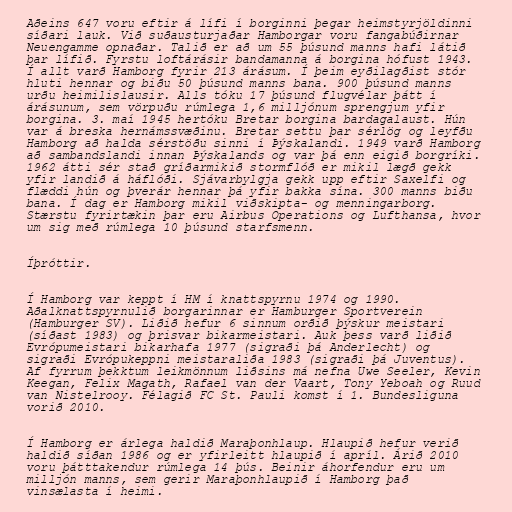
Aðeins 647 voru eftir á lífi í borginni þegar heimstyrjöldinni
síðari lauk. Við suðausturjaðar Hamborgar voru fangabúðirnar
Neuengamme opnaðar. Talið er að um 55 þúsund manns hafi látið
þar lífið. Fyrstu loftárásir bandamanna á borgina hófust 1943.
Í allt varð Hamborg fyrir 213 árásum. Í þeim eyðilagðist stór
hluti hennar og biðu 50 þúsund manns bana. 900 þúsund manns
urðu heimilislausir. Alls tóku 17 þúsund flugvélar þátt í
árásunum, sem vörpuðu rúmlega 1,6 milljónum sprengjum yfir
borgina. 3. maí 1945 hertóku Bretar borgina bardagalaust. Hún
var á breska hernámssvæðinu. Bretar settu þar sérlög og leyfðu
Hamborg að halda sérstöðu sinni í Þýskalandi. 1949 varð Hamborg
að sambandslandi innan Þýskalands og var þá enn eigið borgríki.
1962 átti sér stað gríðarmikið stormflóð er mikil lægð gekk
yfir landið á háflóði. Sjávarbylgja gekk upp eftir Saxelfi og
flæddi hún og þverár hennar þá yfir bakka sína. 300 manns biðu
bana. Í dag er Hamborg mikil viðskipta- og menningarborg.
Stærstu fyrirtækin þar eru Airbus Operations og Lufthansa, hvor
um sig með rúmlega 10 þúsund starfsmenn.

Íþróttir.

Í Hamborg var keppt í HM í knattspyrnu 1974 og 1990.
Aðalknattspyrnulið borgarinnar er Hamburger Sportverein
(Hamburger SV). Liðið hefur 6 sinnum orðið þýskur meistari
(síðast 1983) og þrisvar bikarmeistari. Auk þess varð liðið
Evrópumeistari bikarhafa 1977 (sigraði þá Anderlecht) og
sigraði Evrópukeppni meistaraliða 1983 (sigraði þá Juventus).
Af fyrrum þekktum leikmönnum liðsins má nefna Uwe Seeler, Kevin
Keegan, Felix Magath, Rafael van der Vaart, Tony Yeboah og Ruud
van Nistelrooy. Félagið FC St. Pauli komst í 1. Bundesliguna
vorið 2010.

Í Hamborg er árlega haldið Maraþonhlaup. Hlaupið hefur verið
haldið síðan 1986 og er yfirleitt hlaupið í apríl. Árið 2010
voru þátttakendur rúmlega 14 þús. Beinir áhorfendur eru um
milljón manns, sem gerir Maraþonhlaupið í Hamborg það
vinsælasta í heimi.